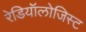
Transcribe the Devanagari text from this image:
रेडियॉलोजिस्ट